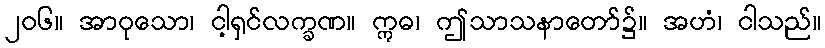
၂၀၆။ အာဝုသော၊ ငါ့ရှင်လက္ခဏ။ ဣဓ၊ ဤသာသနာတော်၌။ အဟံ၊ ငါသည်။